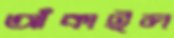
আঁকাইল